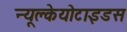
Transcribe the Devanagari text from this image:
न्यूक्लेयोटाइडस